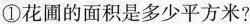
①花圃的面积是多少平方米?